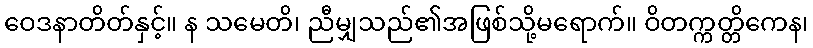
ဝေဒနာတိတ်နှင့်။ န သမေတိ၊ ညီမျှသည်၏အဖြစ်သို့မရောက်။ ဝိတက္ကတ္တိကေန၊